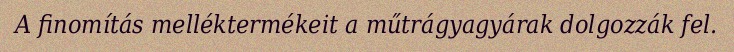
A finomítás melléktermékeit a műtrágyagyárak dolgozzák fel.